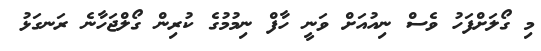
މި ގޯލަށްފަހު ވެސް ނިއުއަށް ވަނީ ހާފް ނިމުމުގެ ކުރިން ގޯލްޖަހާނެ ރަނގަޅު